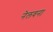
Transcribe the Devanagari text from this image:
नेलवना